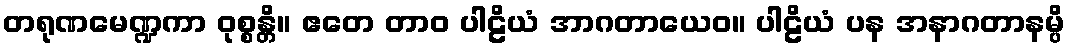
တရုဏမေဏ္ဍကာ ဝုစ္စန္တိ။ ဧတေ တာဝ ပါဠိယံ အာဂတာယေဝ။ ပါဠိယံ ပန အနာဂတာနမ္ပိ